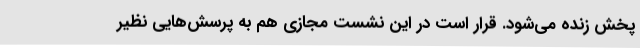
پخش زنده می‌شود. قرار است در این نشست مجازی هم به پرسش‌هایی نظیر